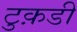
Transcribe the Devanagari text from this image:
टुक़डी